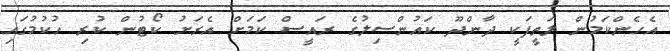
އެހެންކަމުން ލަތީފަކީ ދާންދޫ ކައުންސިލުގެ ރައީސް ކަމަށް އެރަށު ކޯޓުން ކުރި ހުކުމުގައި